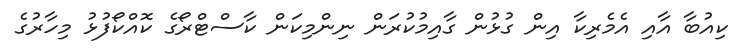
ކިއުބާ އާއި އެމެރިކާ އިން ގުޅުން ގާއިމުކުރަން ނިންމިކަން ކާސްޓްރޯގެ ކޮއްކޯފުޅު މިހާރުގެ